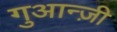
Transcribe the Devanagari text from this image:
गुआन्ज़ी